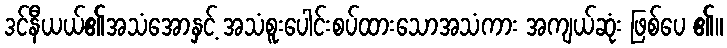
ဒင်နီယယ်၏အသံအောနှင့် အသံစူးပေါင်းစပ်ထားသောအသံကား အကျယ်ဆုံး ဖြစ်ပေ ၏။